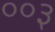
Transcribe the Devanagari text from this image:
००३